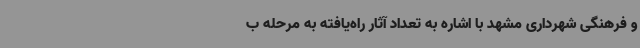
و فرهنگی شهرداری مشهد با اشاره به تعداد آثار راه‌یافته به مرحله ب